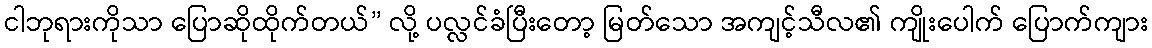
ငါဘုရားကိုသာ ပြောဆိုထိုက်တယ်” လို့ ပလ္လင်ခံပြီးတော့ မြတ်သော အကျင့်သီလ၏ ကျိုးပေါက် ပြောက်ကျား